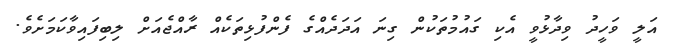
އަލީ ވަހީދު ވިދާޅުވީ އެކި ގައުމުތަކުން ގިނަ އަދަދެއްގެ ފެންފުޅިތަކެއް ރާއްޖެއަށް ލިބިފައިވާކަމަށެވެ.